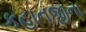
કહાનજીના